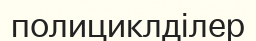
полициклділер